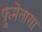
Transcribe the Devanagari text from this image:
फ्रुमेंतासा